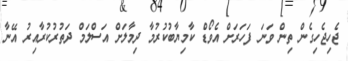
ޖެހިޖެހިގެން ތިން ވަނަ ފަހަރަށް އެވޯޑް ކާމިޔާބުކުރުމާ ދިމާލަށް އަސްލަމް ދަތުރުކުރާއިރު އޭނާ